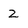
Character: 2